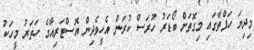
މިދިޔަ ހަފްތާގައި މިގޮތަށް ބޯޑަރު ހުރަސް ކުރަން އެހީވެދިން އޮސްޓަރިއާގެ ހަތަރު މީހަކު